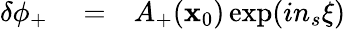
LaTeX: \begin{array}{rlr}{\delta\phi_{+}}&{{}=}&{A_{+}(\mathbf{x}_{0})\exp(in_{s}\xi)}\end{array}